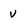
Character: v